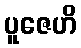
ပူဇေဟိ